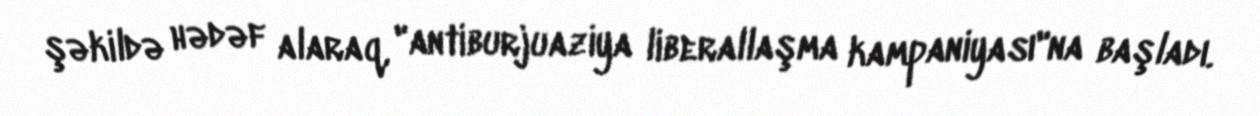
şəkildə hədəf alaraq, "antiburjuaziya liberallaşma kampaniyası"na başladı.